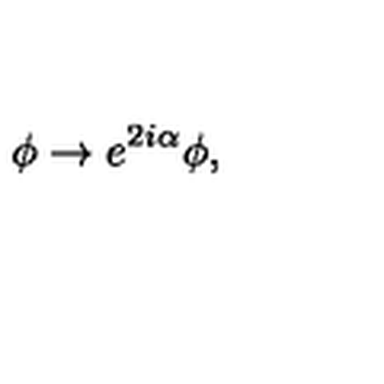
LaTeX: \phi \rightarrow e ^ { 2 i \alpha } \phi ,